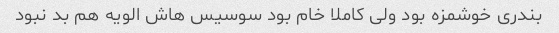
بندری خوشمزه بود ولی کاملا خام بود سوسیس هاش الویه هم بد نبود